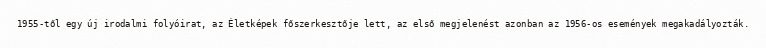
1955-től egy új irodalmi folyóirat, az Életképek főszerkesztője lett, az első megjelenést azonban az 1956-os események megakadályozták.